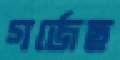
গর্জেছ